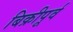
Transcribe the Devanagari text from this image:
बिक्रीपूर्व